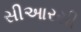
સીઆરસી